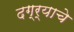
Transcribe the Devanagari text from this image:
दग्र्याचे